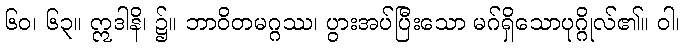
၆၀၊ ၆၃။ ဣဒါနိ၊ ၌။ ဘာဝိတမဂ္ဂဿ၊ ပွားအပ်ပြီးသော မဂ်ရှိသောပုဂ္ဂိုလ်၏။ ဝါ၊